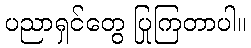
ပညာရှင်တွေ ပြုကြတာပါ။